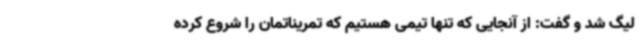
لیگ شد و گفت: از آنجایی که تنها تیمی هستیم که تمریناتمان را شروع کرده